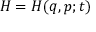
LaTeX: H = H ( q , p ; t )